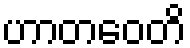
ဟာတဝေတိ